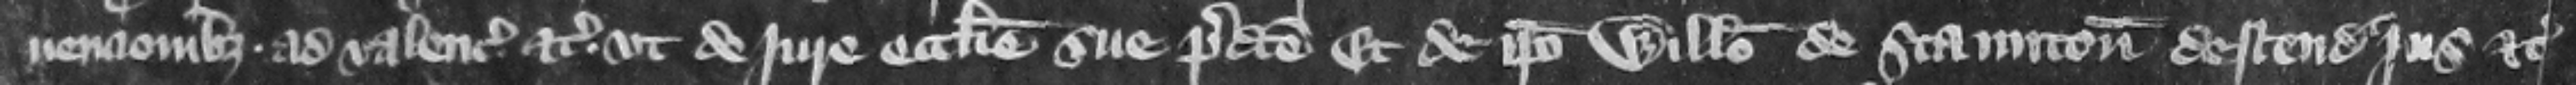
uencionibus. ad valenciam etc. vt de jure ecclesie sue predicte. Et de ipso Willelmo de Staunton descendit jus etc.